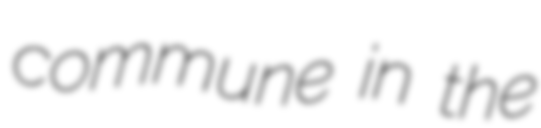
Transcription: commune in the